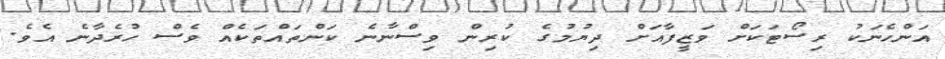
އަންހެނަކު ރިސޯޓަކަށް ވަޒީފާއަށް ދިޔުމުގެ ކުރިން ވިސްނާނެ ކަންތައްތަކެއް ވެސް ހުރެދާނެ އެވެ.